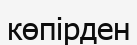
көпірден